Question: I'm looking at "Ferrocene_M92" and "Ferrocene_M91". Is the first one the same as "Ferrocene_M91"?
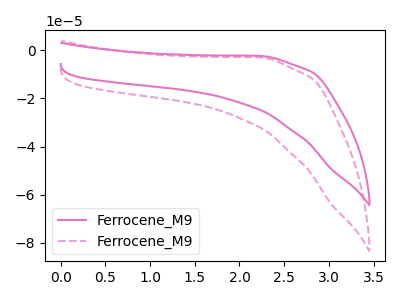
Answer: <think>The pink curve "Ferrocene_M91" has no peaks. The pink dashed curve "Ferrocene_M92" has no peaks.
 Neither "Ferrocene_M92" or "Ferrocene_M91" have any peaks.</think>
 <answer>"Ferrocene_M92" and "Ferrocene_M91" are similar in shape.</answer>
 <eval>same_shape</eval>